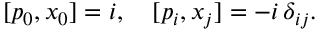
[ p _ { 0 } , x _ { 0 } ] = i , \quad [ p _ { i } , x _ { j } ] = - i \, \delta _ { i j } .